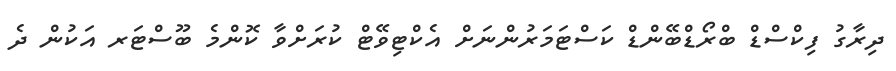
ދިރާގު ފިކްސްޑް ބްރޯޑްބޭންޑް ކަސްޓަމަރުންނަށް އެކްޓިވޭޓް ކުރަށްވާ ކޮންމެ ބޫސްޓަރ އަކުން ދެ